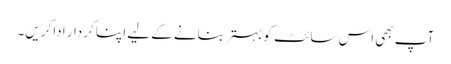
آپ بھی اس سائٹ کو بہتر بنانے کے لیے اپنا کردار ادا کریں۔